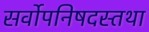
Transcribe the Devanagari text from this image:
सर्वोपनिषदस्तथा